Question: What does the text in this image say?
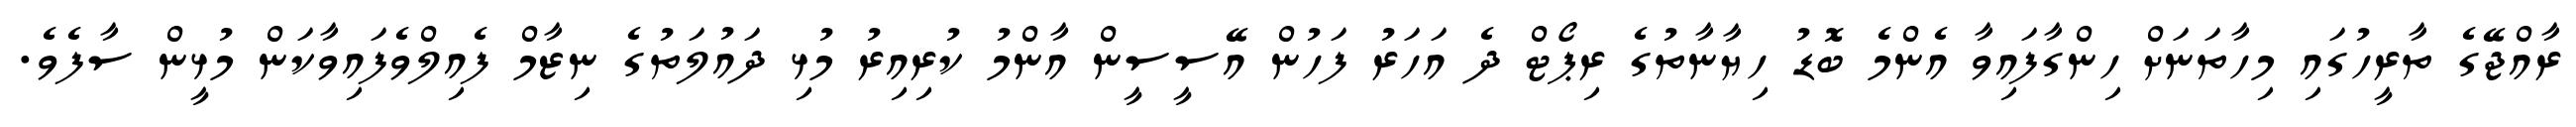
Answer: ރާއްޖޭގެ ތާރީހުގައި މިހާތަނަށް ހިންގާފައިވާ އެންމެ ބޮޑު ހިޔާނާތުގެ ރިޕޯޓް ދެ އަހަރު ފަހުން އޭސީސީން އާންމު ކުރިއިރު މުޅި ދައުލަތުގެ ނިޒާމް ފެއިލްވެފައިވާކަން މުޅީން ސާފެވެ.